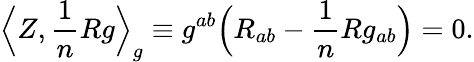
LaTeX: {\Big\langle}Z,{\frac{1}{n}}Rg{\Big\rangle}_{g}\equiv g^{ab}{\Big(}R_{ab}-{\frac{1}{n}}Rg_{ab}{\Big)}=0.